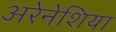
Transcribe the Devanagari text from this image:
अरेनेशिया